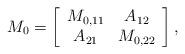
LaTeX: \begin{align*}M_0=\left [\begin{array}{cc}M_{0,11}& A_{12} \\A_{21}& {M}_{0,22}\\\end{array}\right], \end{align*}